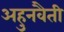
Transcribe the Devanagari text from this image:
अहुनवैती